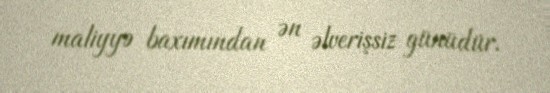
maliyyə baxımından ən əlverişsiz günüdür.